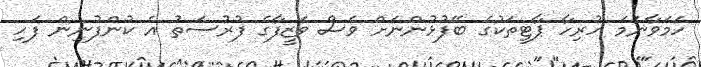
ހަމަވާނަމަ ހުރިހާ ޕާޓީތަކުގެ ބޭފުޅުންނަށް ވެސް ވަޒީފާގެ ފުރުސަތު އެ ކުންފުނިން ފަހި